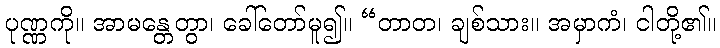
ပုဏ္ဏကို။ အာမန္တေတွာ၊ ခေါ်တော်မူ၍။ “တာတ၊ ချစ်သား။ အမှာကံ၊ ငါတို့၏။